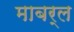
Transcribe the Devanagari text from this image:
माबर्ल